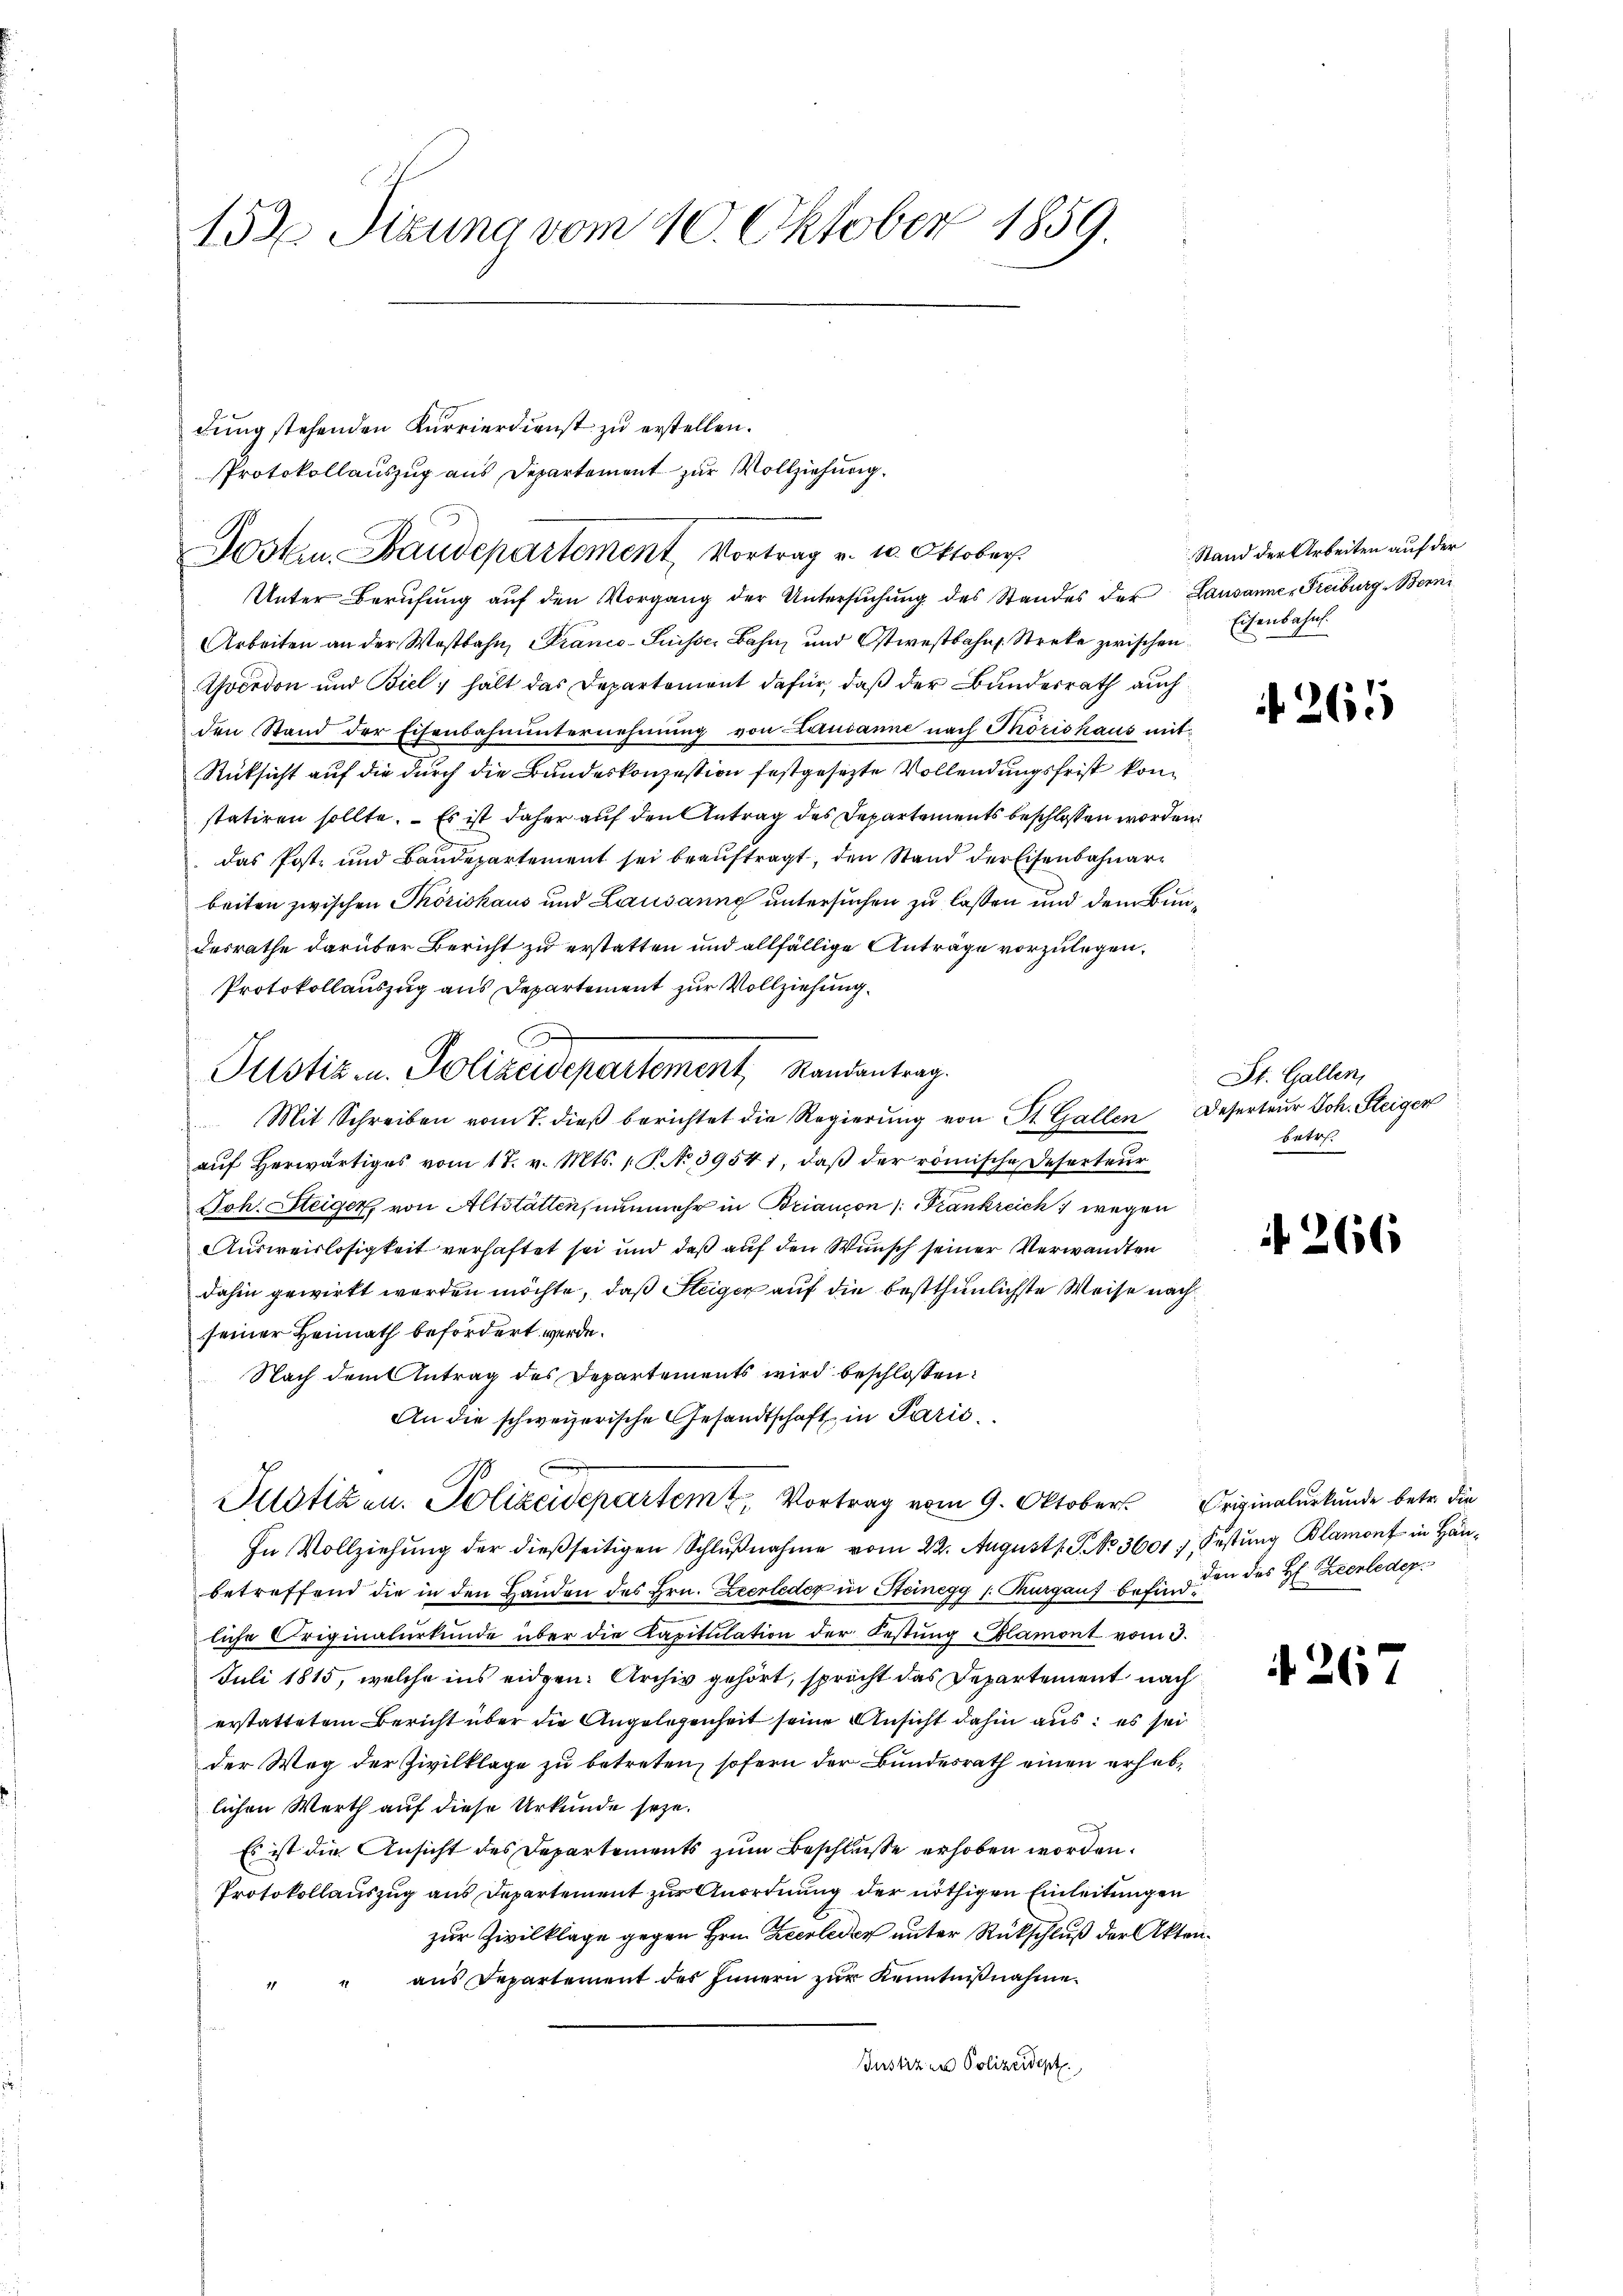
152 Sizung vom 10. Oktober 1859.

Unter Berŭfŭng aŭf den Vorgang der Untersŭchŭng des Standes der Lausanne-Freiburg, Berni
Arbeiten an der Westbahn, Franco-Suisser Bahn und Ostwestbahn Streke zwischen Eisenbahn.
Yverdon und Biel hält das Departement dafür, daß der Bundesrath auch
den Stand der Eisenbahnunternehmung von Lausanne nach Thorishaus mit¬
Rücksicht auf die durch die Bundeskonzession festgesezte Vollendungsfrist konstatiren sollte. – Es ist daher auf den Antrag des Departements beschlossen worden.
das Post- und Baudepartement sei beauftragt, den Stand der Eisenbahnarbeiten zwischen Thörishaus und Lausanne untersuchen zu lassen und dem Bundesrathe darüber Bericht zu erstatten und allfällige Anträge vorzulegen.
Protokollauszug aus Departement zur Vollziehung.
Mit Schreiben vom 7. dieβ berichtet die Regierŭng von St. Gallen Deserteŭr Joh. Steigen
aŭf herwärtiges vom 17. v. Mts. 1 S. No 39541, daβ der römische Deserteur
Joh. Steiger, von Altstätten, nunmehr in Briaucon /: Frankreich 1 wegen
Ausweislosigkeit verhaftet sei und daß auf den Wunsch seiner Verwandten
dahin gewirkt worden möchte, daß Steiger auf die best thunlichste Weise nach
seiner Heimath befördert werde.
Nach dem Antrag des Departements wird beschlossen:
An die schweizerische Gesandtschaft in Parić
Justizen. Polizeidepartem 2. Vortrag vom 9. Oktober Originalurkunde betr. die
In Vollziehung der dießseitigen Schlußnahme vom 22. Augusts P. No 3601 f. Festung Blamont in Häubetreffend die in den Handen des Hrn. Zeerleder in Steinegg /: Kurgaus befindliche Originalurkunde über die Kapitulation der Festung Blamont vom 3.
Juli 1815, welche ins eidgen. Archiv gehört, spricht das Departement nach
erstattetem Bericht über die Angelegenheit seine Ansicht dahin aus: es sei
der Weg der Zivilklage zu betreten, sofern der Bundesrath einen erheblichen Werth auf diese Urkunde seye.
Es ist die Ansicht des Departements zum Beschluße erhoben worden.
Protokollauszug aus Departement zur Anordnung der nöthigen Einleitungen
zur Zivilklage gegen Hrn. Zeerleder unter Rückschluß der Akten¬
" aus Departement des Innern zŭr Kenntnißnahme.
Bustizen Polizeident

dung stehenden Kurrierdienst zu erstellen.
Protokollauszug aus Departement zur Vollziehung.
Posten Baudepartement, Vortrag v. u. Oktober

C
Pustiz u. Polizeidepartement, Randantrag.

Stand der Arbeiten auf der

265

St. Gallen,
betr.

N 266

den des H. Zeerleder.

267